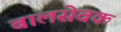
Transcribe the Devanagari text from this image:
बालसेवक